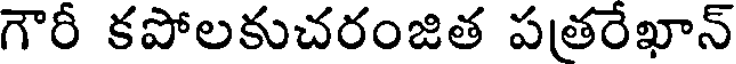
గౌరీ కపోలకుచరంజిత పతరేఖాన్